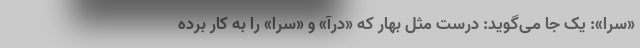
«سُرا»: یک جا می‌گوید: درست مثل بهار که «درآ» و «سرا» را به کار برده